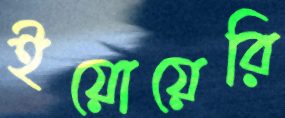
ইয়োয়েরি